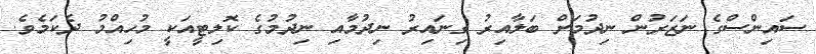
ސައިންސްގެ ނަޒަރުން ނިދުމަށް ބަލާއިރު ގިނައިރު ނިދުމާއި ނިދުމުގެ ކޮލިޓީއަކީ މުހިއްމު ދެކަމެވެ.